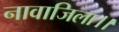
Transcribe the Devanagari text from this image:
नावाजिला।।